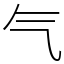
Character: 气